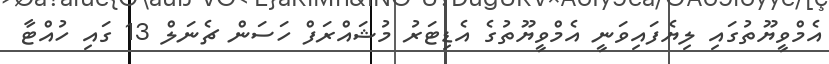
އެމްވީޔޫތުގައި ލިޔެފައިވަނީ އެމްވީޔޫތުގެ އެޑިޓަރު މުޝައްރަފް ހަސަން ޗެނަލް 13 ގައި ހުއްޓާ